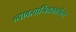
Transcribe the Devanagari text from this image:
व्यावसायिकाबरोबर